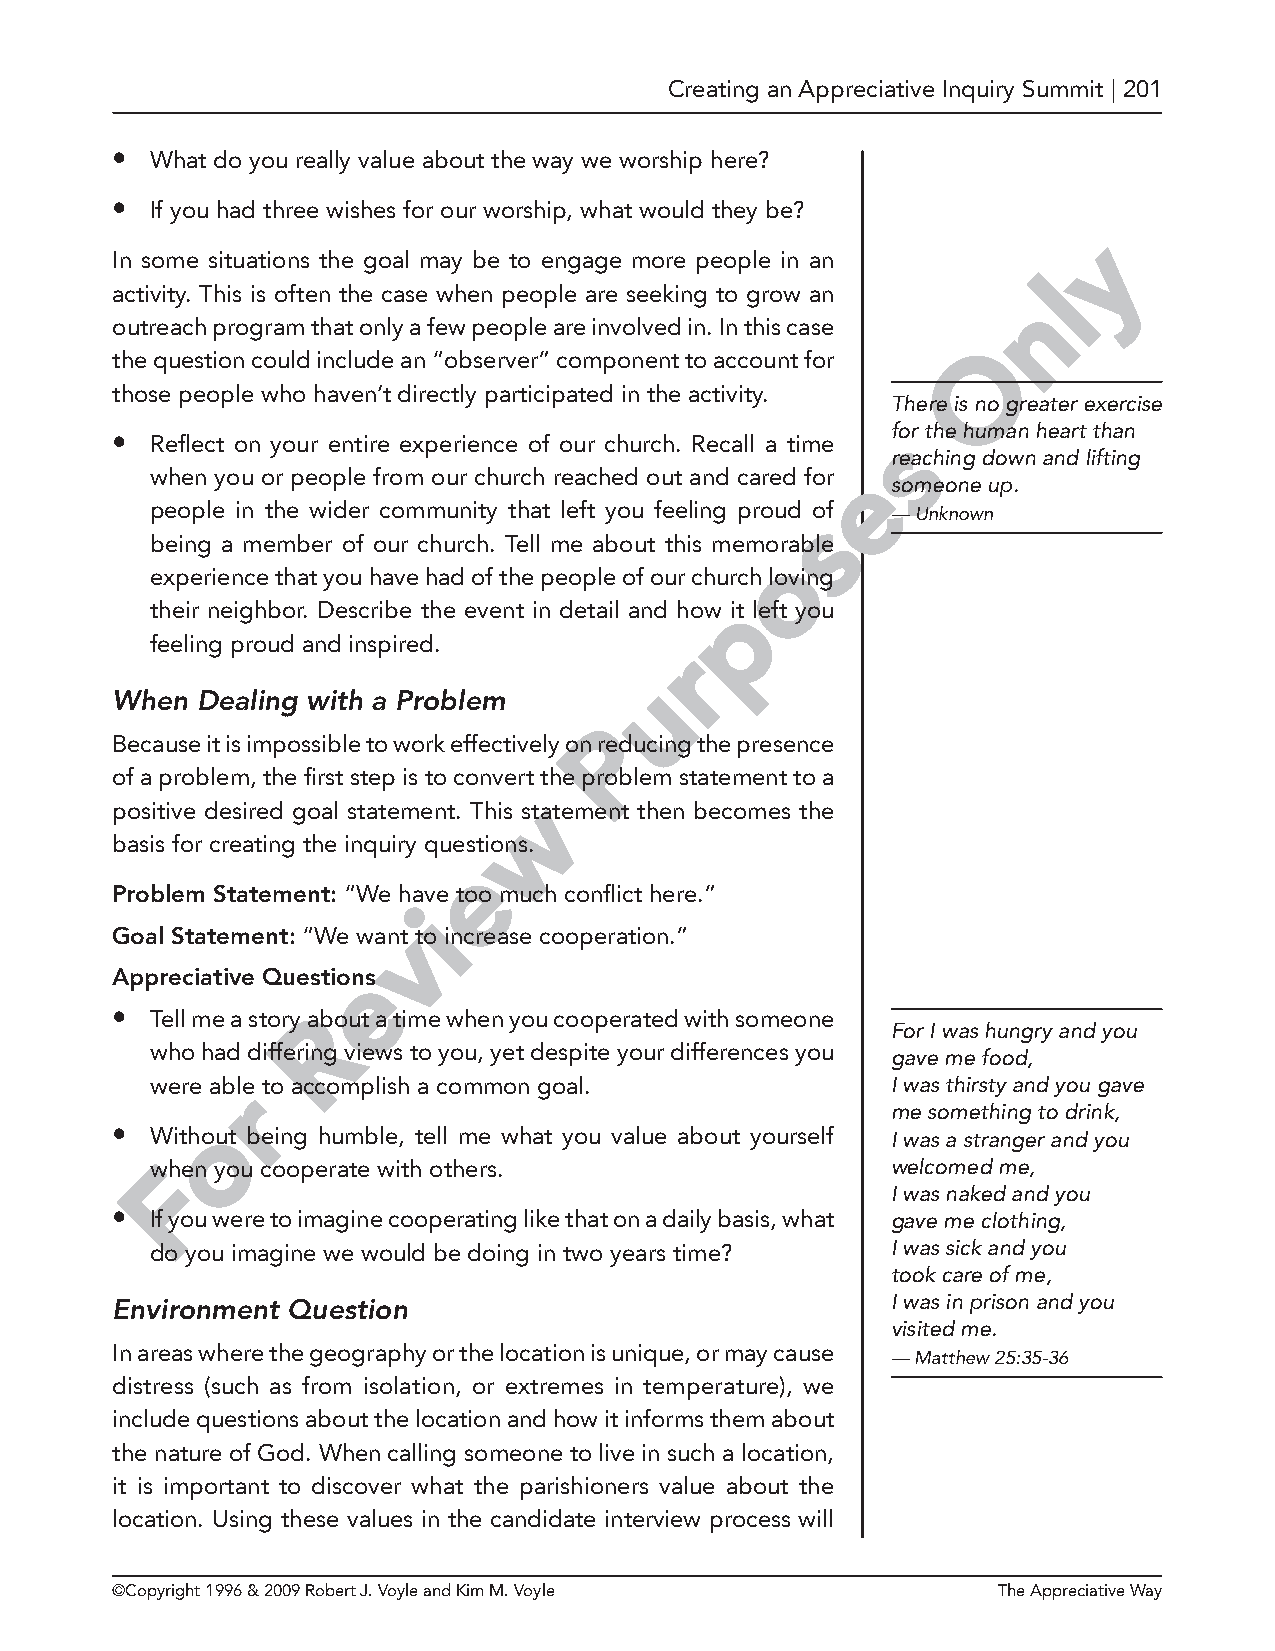
Creating an Appreciative Inquiry Summit | 201
 •  What do you really value about the way we worship here?
 •  If you had three wishes for our worship, what would they be?
 y
 In some situations the goal may be to engage more people in an
 l
 activity. This is often the case when people are seeking to grow an
 n
 outreach program that only a few people are involved in. In this case
 O
 the question could include an “observer” component to account for
 those people who haven’t directly participated in the activity.
 There is no greater exercise
 •  Reflect on your entire experience of our church. Recall a time
 sfor the human heart than
 reaching down and lifting
 when you or people from our church reached out and cared for e
 someone up.
 people in the wider community that left you feeling proud sof — Unknown
 being a member of our church. Tell me about this memorable
 o
 experience that you have had of the people of our church loving
 p
 their neighbor. Describe the event in detail and how it left you
 feeling proud and inspired.
 r
 u
 When  Dealing with a Problem
 P
 Because it is impossible to work effectively on reducing the presence
 of a problem, the first step is to convert t he problem statement to a
 w
 positive desired goal statement. This statement then becomes the
 basis for creating the inquiry questions.
 e
 Problem Statement: “We have too much conflict here.”
 i
 Goal Statement: “We wanvt to increase cooperation.”
 e
 Appreciative Questions
 •  Tell me a story aRbout a time when you cooperated with someone
 For I was hungry and you
 who had differing views to you, yet despite your differences you
 gave me food,
 were abrle to accomplish a common goal.          I was thirsty and you gave
 me something to drink,
 o
 •  Without being humble, tell me what you value about yourself I was a stranger and you
 wFhen you cooperate with others.                 welcomed me,
 I was naked and you
 •  If you were to imagine cooperating like that on a daily basis, what gave me clothing,
 do you imagine we would be doing in two years time? I was sick and you
 took care of me,
 Environment Question                                I was in prison and you
 visited me.
 In areas where the geography or the location is unique, or may cause
 — Matthew 25:35-36
 distress (such as from isolation, or extremes in temperature), we
 include questions about the location and how it informs them about
 the nature of God. When calling someone to live in such a location,
 it is important to discover what the parishioners value about the
 location. Using these values in the candidate interview process will
 ©Copyright 1996 & 2009 Robert J. Voyle and Kim M. Voyle    The Appreciative Way